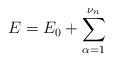
LaTeX: \begin{align*}E= E_{0} + \sum_{\alpha=1}^{\nu_{n}}\end{align*}